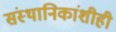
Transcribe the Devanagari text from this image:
संस्‍थानिकांशीही